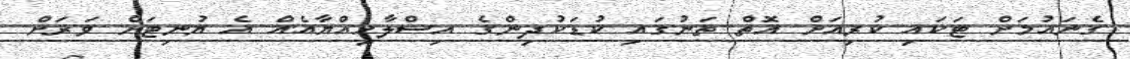
ގެނައުމަށް ޓަކައި ކުރިއަށް އޮތް ތަނުގައި ކުޑަކުދިންގެ އިސްލާހިއްޔާއެއް އެ ޔުނިޓަށް ވަރަށް